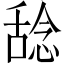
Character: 𫫞